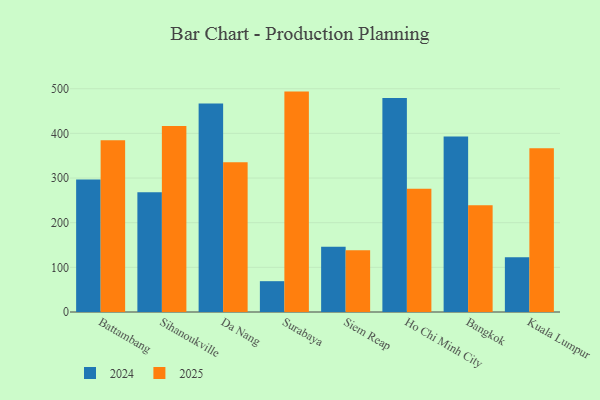
{"axis": {"x": "City", "y": "Production Output"}, "legend": ["2024", "2025"], "data": [{"x": "Battambang", "y": 384.3, "type": "2025"}, {"x": "Battambang", "y": 296.7, "type": "2024"}, {"x": "Sihanoukville", "y": 416.7, "type": "2025"}, {"x": "Sihanoukville", "y": 268.4, "type": "2024"}, {"x": "Da Nang", "y": 335.1, "type": "2025"}, {"x": "Da Nang", "y": 466.8, "type": "2024"}, {"x": "Surabaya", "y": 493.5, "type": "2025"}, {"x": "Surabaya", "y": 69.0, "type": "2024"}, {"x": "Siem Reap", "y": 138.4, "type": "2025"}, {"x": "Siem Reap", "y": 146.0, "type": "2024"}, {"x": "Ho Chi Minh City", "y": 275.9, "type": "2025"}, {"x": "Ho Chi Minh City", "y": 479.2, "type": "2024"}, {"x": "Bangkok", "y": 239.0, "type": "2025"}, {"x": "Bangkok", "y": 393.0, "type": "2024"}, {"x": "Kuala Lumpur", "y": 366.8, "type": "2025"}, {"x": "Kuala Lumpur", "y": 122.5, "type": "2024"}]}